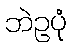
ဘဲဥပုံ